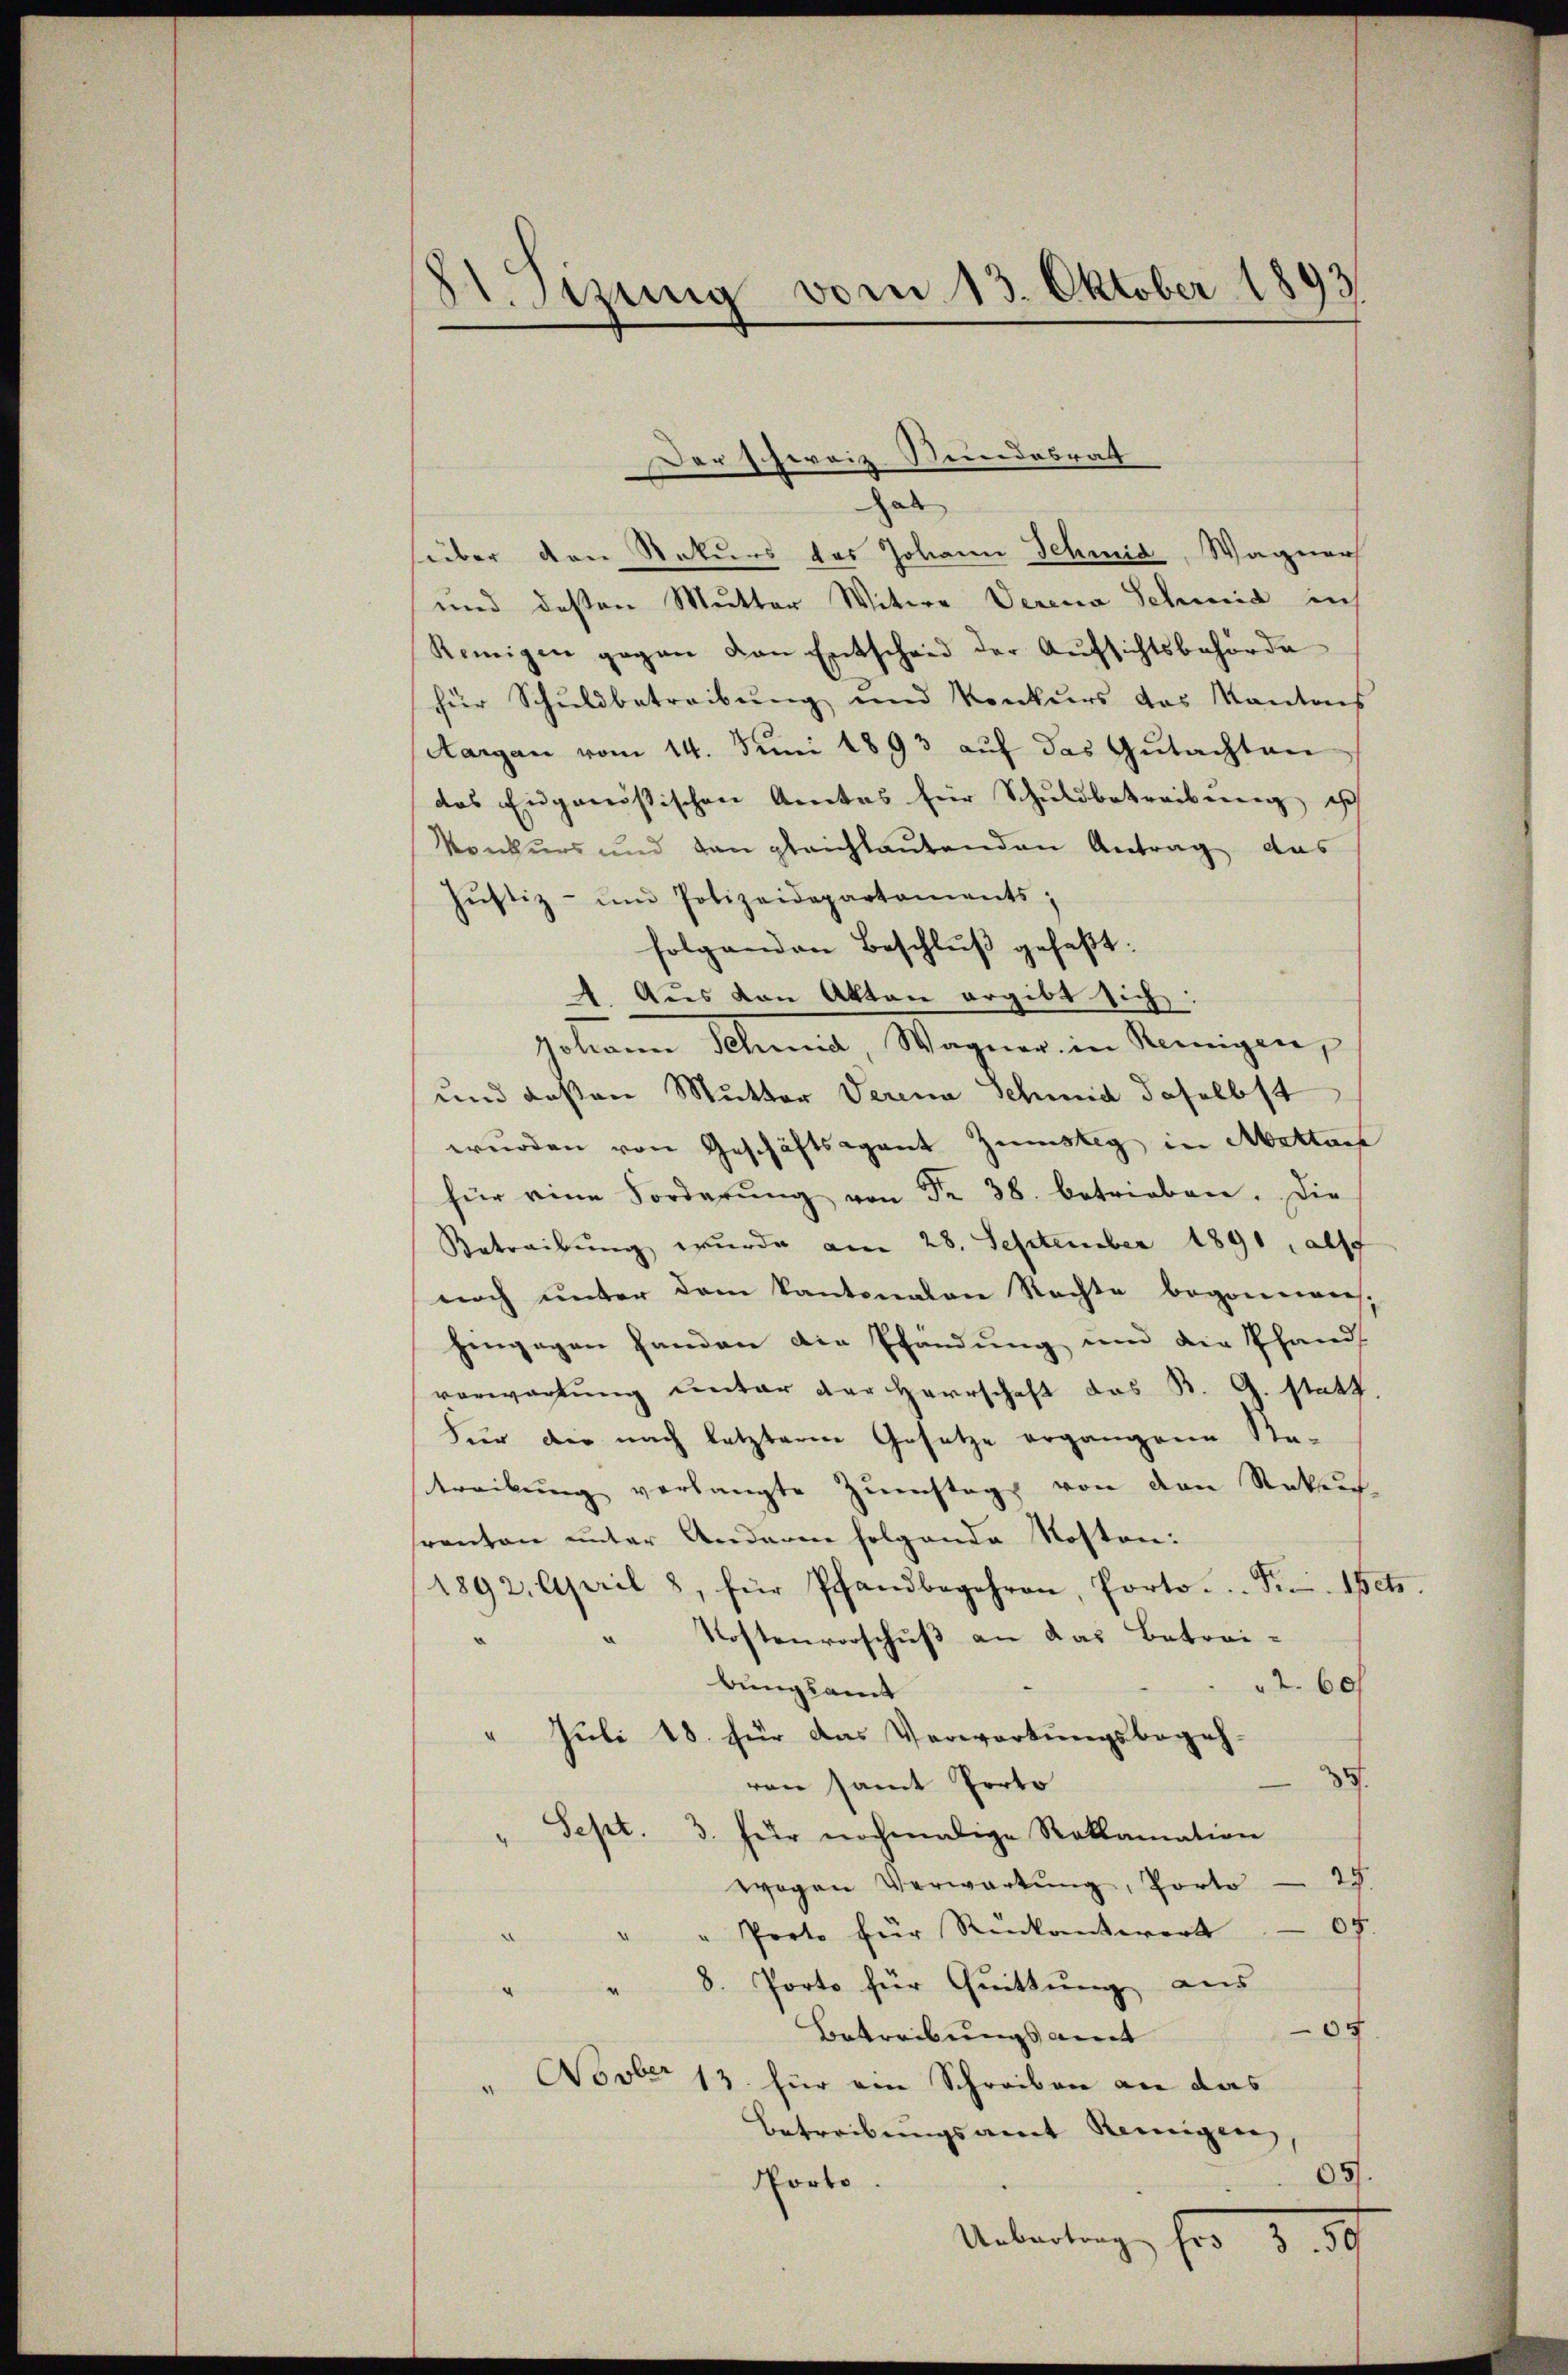
St. Sizung vom 13. Oktober 1893

hat
über den Rekurs des Johann Schmid, Wagnerh
und deßen Mutter Witwe Verena Schmid in
Remigen gegen den Entscheid der Aufsichtsbehörde
für Schuldbetreibung und Konkurs das Kantons
Aargau vom 14. Juni 1893 auf das Gutachten
das Eidgenössischen Amtes für Schuldbetreibung ich
Konkurs und von gleichlautenden Antrag das
Jŭstiz- und Polizeidepartements;
folgenden Beschluß gefaßt:
4. Aus von Akten ergibt sich:
Johann Schmid, Wagner in Reinigen,
und deßen Mutter Verena Schmid daselbst
wurden von Geschäftsagant Zünstig in Mattach
für eine Forderŭng von Fr. 38. betrieben. Die
Betreibung wurde am 28. September 1891, als
noch unter dem Kantonalen Rechte begonnen,
hengagen Handen die Pfändung und die Pfand
verwartung unter der Herrschaft das B. G. statt
Für die nach letztere Gesetze ergangene Na-
treibŭng verlangte Zŭmstag von den Rekur
srenten unter Anderen folgende Kosten:
1892. April 8, für Pfandbegehren, Porto ... Fr. betr.
Kostenvorschuß an das Betrei-
2.60f
bungsamt
" Juli 18. für das Verwortungsbegeh-
3.
von samt Porto
" Sept. 3. für nochmalige Reklamation
25.
wogen Verwartung, Porto
0f.
Porto für Rückantwort
8. Porto für Quittung aus
07
Betreibungsamt
Novber 13 für ein Schreiben an das
betreibungsamt Reinigen
05.
Porto
Uebertrage her 189

Der Schweiz Stundesrat